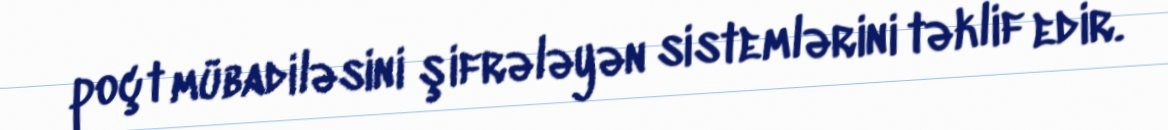
poçt mübadiləsini şifrələyən sistemlərini təklif edir.